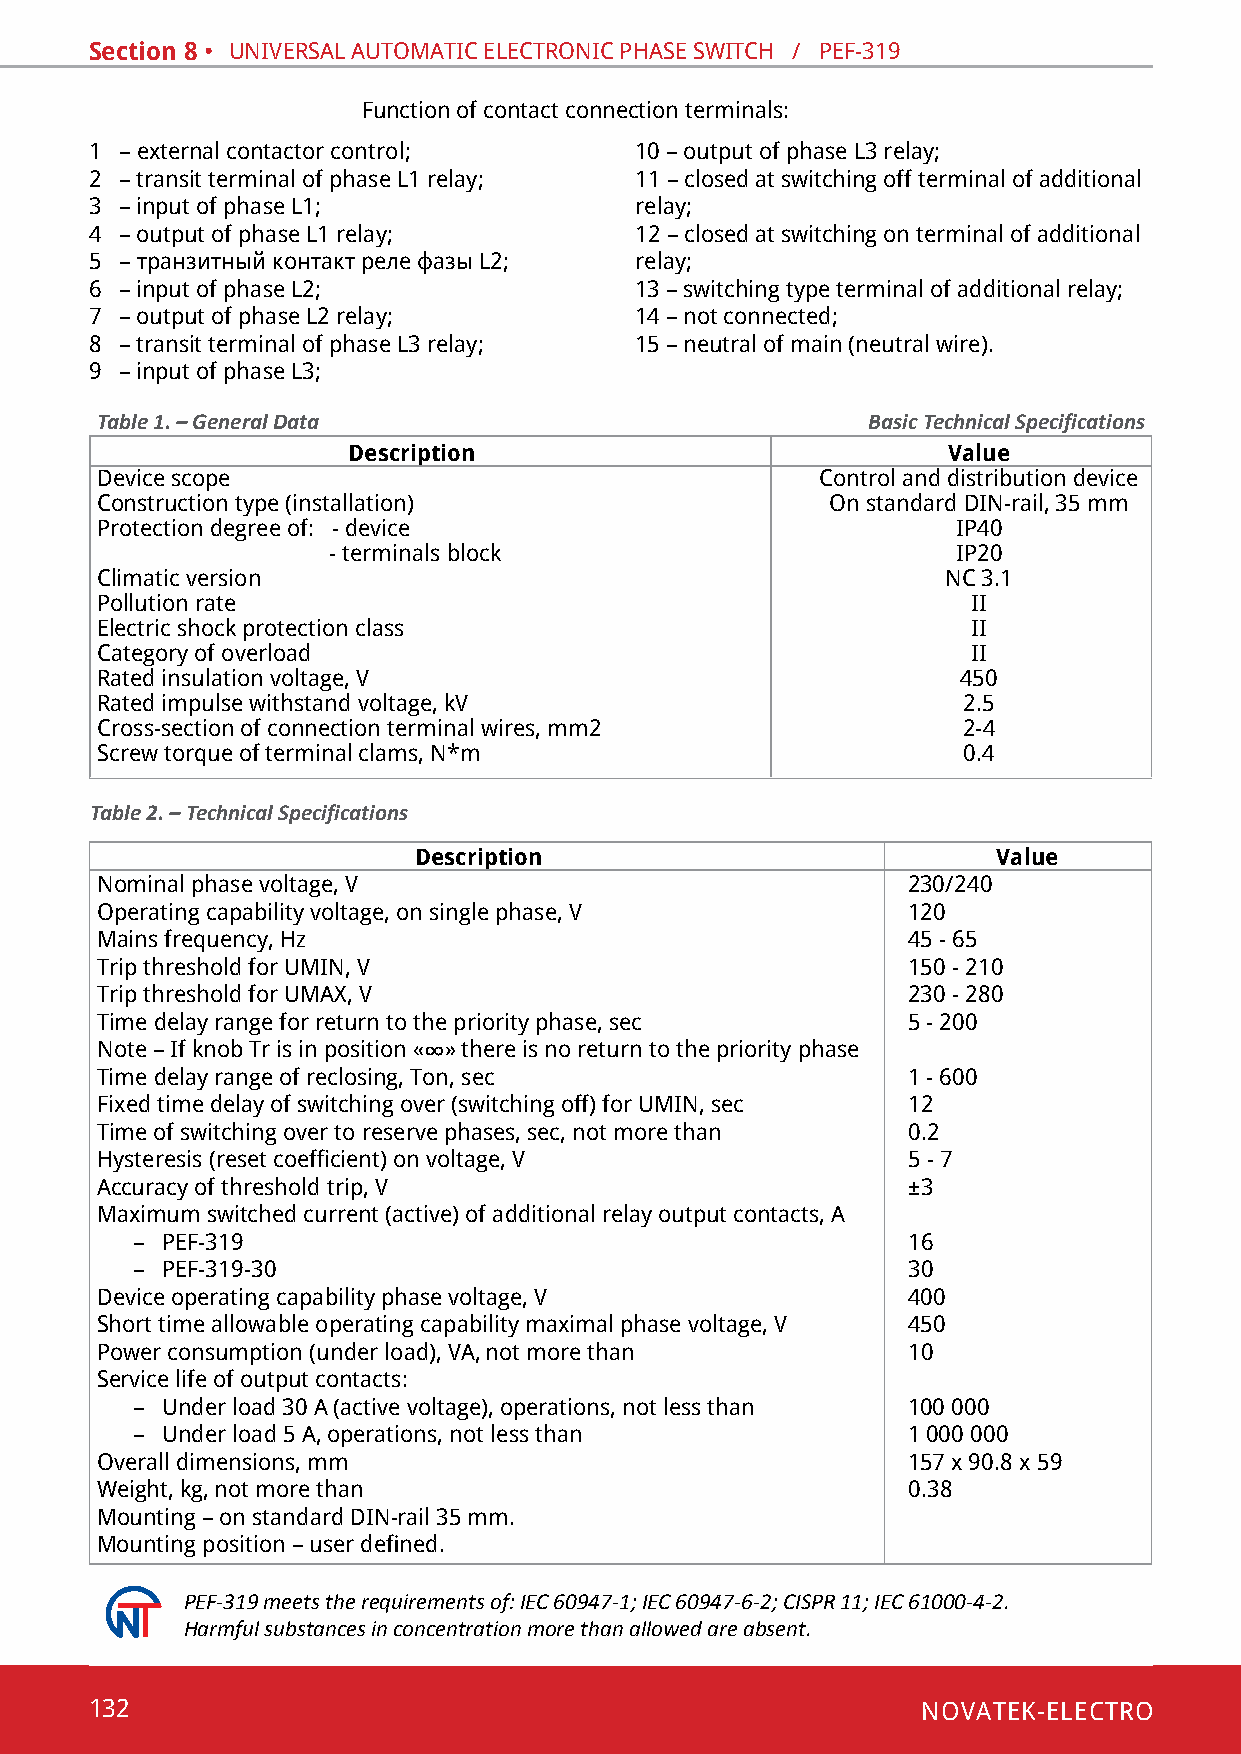
Section 8 • univeRsal automatic electRonic phase sWitch / pef-319
 function of contact connection terminals:
 1 – external contactor control;     10 – output of phase l3 relay;
 2 – transit terminal of phase l1 relay; 11 – closed at switching off terminal of additional
 3 – input of phase l1;              relay;
 4 – output of phase l1 relay;       12 – closed at switching on terminal of additional
 5 – транзитный контакт реле фазы L2; relay;
 6 – input of phase l2;              13 – switching type terminal of additional relay;
 7 – output of phase l2 relay;       14 – not connected;
 8 – transit terminal of phase l3 relay; 15 – neutral of main (neutral wire).
 9 – input of phase l3;
 Table 1. – General Data                            Basic Technical Specifications
 Description                             Value
 device scope                                    control and distribution device
 construction type (installation)                 on standard din-rail, 35 mm
 protection degree of: - device                           ip40
 - terminals block                        ip20
 climatic version                                         nc 3.1
 pollution rate                                            ii
 electric shock protection class                           ii
 category of overload                                      ii
 Rated insulation voltage, v                               450
 Rated impulse withstand voltage, kv                       2.5
 cross-section of connection terminal wires, mm2           2-4
 Screw torque of terminal clams, N*m                       0.4
 Table 2. – Technical Specifications
 Description                            Value
 nominal phase voltage, v                              230/240
 operating capability voltage, on single phase, v      120
 mains frequency, hz                                   45 - 65
 trip threshold for umin, v                            150 - 210
 trip threshold for umaX, v                            230 - 280
 time delay range for return to the priority phase, sec 5 - 200
 Note – If knob Тr is in position «∞» there is no return to the priority phase
 Time delay range of reclosing, Тon, sec               1 - 600
 Fixed time delay of switching over (switching off) for UMIN, sec 12
 time of switching over to reserve phases, sec, not more than 0.2
 Hysteresis (reset coefficient) on voltage, V          5 - 7
 accuracy of threshold trip, v                         ±3
 Maximum switched current (active) of additional relay output contacts, A
 – pef-319                                          16
 – pef-319-30                                       30
 device operating capability phase voltage, v          400
 Short time allowable operating capability maximal phase voltage, V 450
 power consumption (under load), va, not more than     10
 service life of output contacts:
 – under load 30 a (active voltage), operations, not less than 100 000
 – under load 5 a, operations, not less than        1 000 000
 overall dimensions, mm                                157 х 90.8 х 59
 Weight, kg, not more than                             0.38
 mounting – on standard din-rail 35 mm.
 Mounting position – user defined.
 PEF-319 meets the requirements of: IEC 60947-1; ІEC 60947-6-2; CISPR 11; IEC 61000-4-2.
 Harmful substances in concentration more than allowed are absent.
 132                                                    NOVATEK-ELECTRO